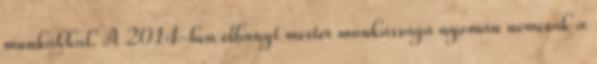
munkákkal. A 2014-ben elhunyt mester munkássága nyomán nemcsak a